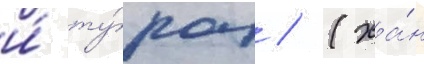
и́ ту́рок / (ха́н